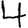
Digit: 4